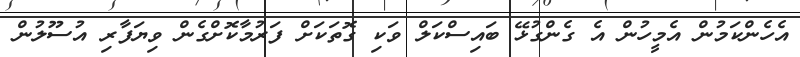
އެހެންކަމުން އެމީހުން އެ ގެންގުޅޭ ބައިސްކަލް ވަކި ގޮތަކަށް ފަރުމާކޮށްގެން ވިޔަފާރި އުސޫލުން